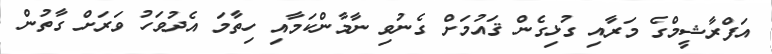
އަފްރާޝީމްގެ މަރާއި ގުޅިގެން ޤައުމަށް ގެނުވި ނާމާންކަމާއި ހިތާމަ އެދުވަހު ވަރަށް ގާތުން